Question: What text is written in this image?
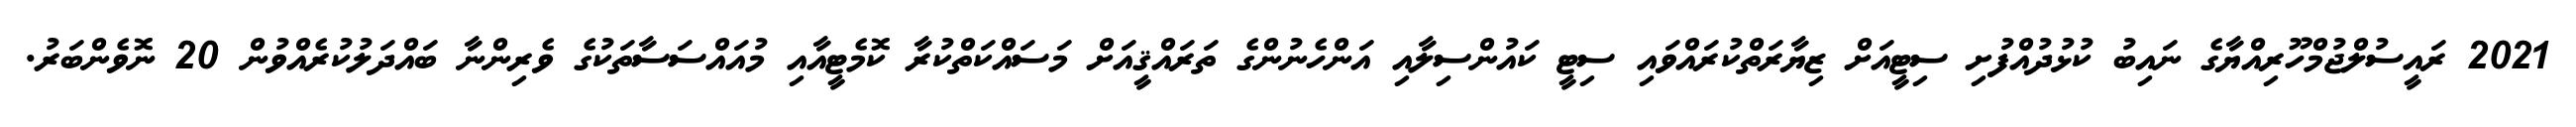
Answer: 2021 ރައީސުލްޖުމްހޫރިއްޔާގެ ނައިބު ކުޅުދުއްފުށި ސިޓީއަށް ޒިޔާރަތްކުރައްވައި ސިޓީ ކައުންސިލާއި އަންހެނުންގެ ތަރައްޤީއަށް މަސައްކަތްކުރާ ކޮމެޓީއާއި މުއައްސަސާތަކުގެ ވެރިންނާ ބައްދަލުކުރެއްވުން 20 ނޮވެންބަރު.